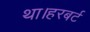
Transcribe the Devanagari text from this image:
था।हरबर्ट